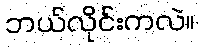
ဘယ်လိုင်းကလဲ။